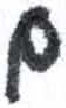
אות: נ